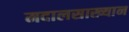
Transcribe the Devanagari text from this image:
मदालसाख्यान